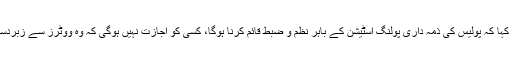
انہوں نے کہا کہ پولیس کی ذمہ داری پولنگ اسٹیشن کے باہر نظم و ضبط قائم کرنا ہوگا، کسی کو اجازت نہیں ہوگی کہ وہ ووٹرز سے زبردستی کرے۔